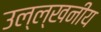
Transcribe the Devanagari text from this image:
उल्ल्खनीय